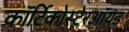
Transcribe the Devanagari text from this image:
कॉर्टिकोस्टेरऑयड